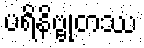
ပရိနိဗ္ဗုတဿ